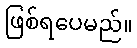
ဖြစ်ရပေမည်။